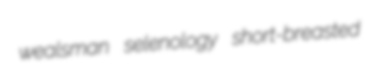
wealsman selenology short-breasted